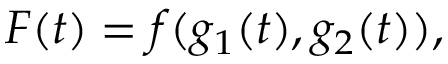
F ( t ) = f ( g _ { 1 } ( t ) , g _ { 2 } ( t ) ) ,